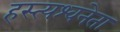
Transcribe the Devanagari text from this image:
हस्त्यश्वनेता